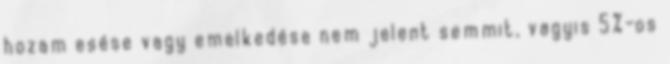
hozam esése vagy emelkedése nem jelent semmit, vagyis 5%-os